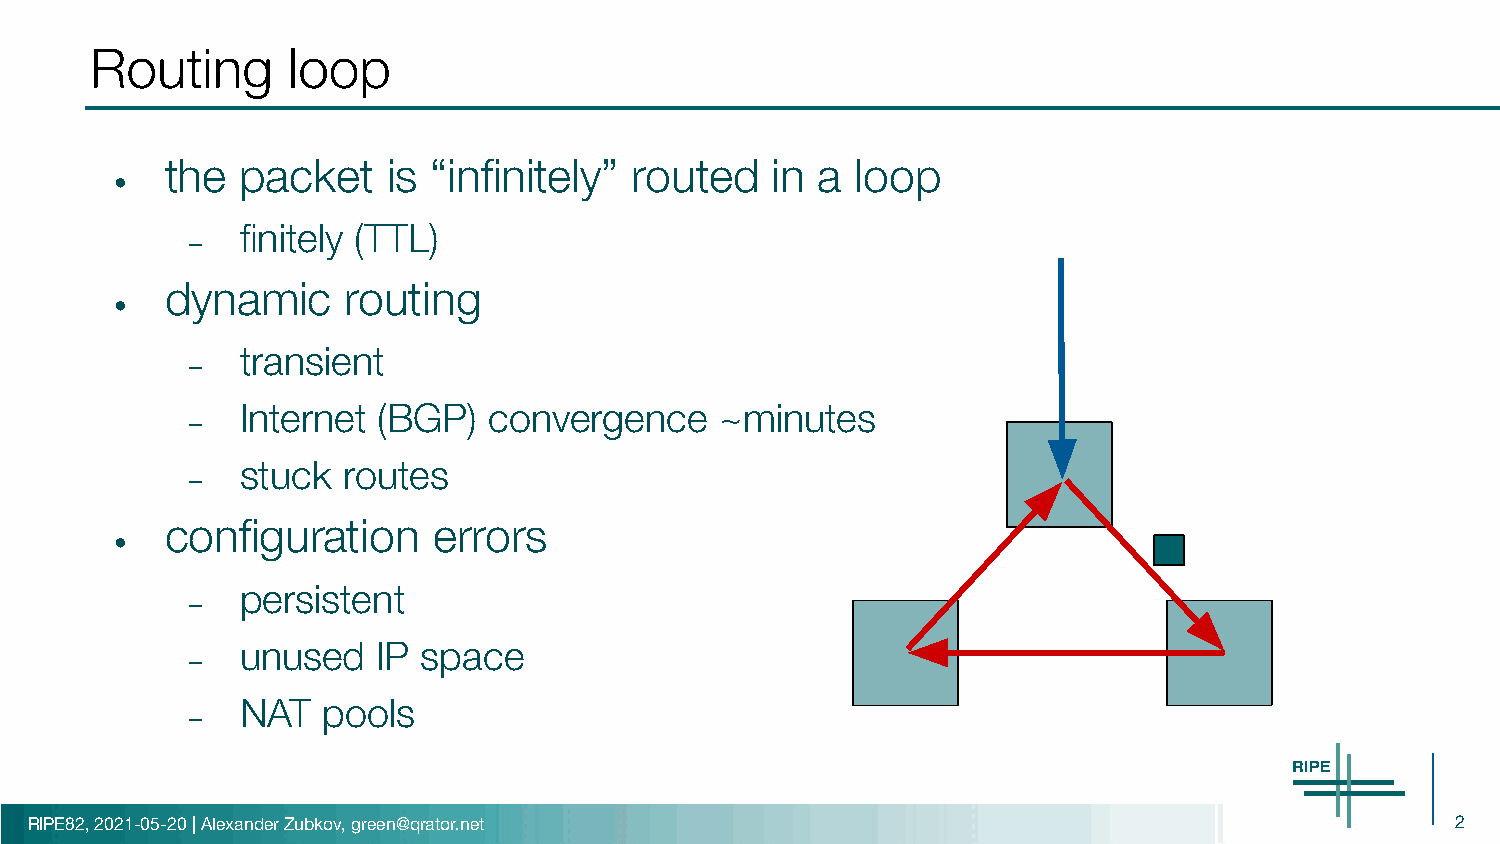
Routing      loop
 the  packet    is “infinitely” routed   in a  loop
 •
 finitely (TTL)
 –
 dynamic     routing
 •
 transient
 –
 Internet (BGP)  convergence     ~minutes
 –
 stuck  routes
 –
 configuration     errors
 •
 persistent
 –
 unused   IP space
 –
 NAT  pools
 –
 RIPE82, 2021-05-20 | Alexander Zubkov, green@qrator.net                                       2